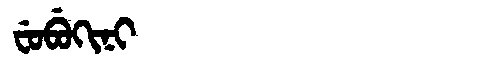
Manchu: ᠸᡠᠪᡠᡴᡳᠨᡳ
Romanization: FUBUKINI